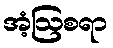
အံ့ဩစရာ